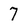
Character: 7